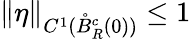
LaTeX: \| \eta\| _{C^{1}(\mathring{B}_{R}^{c}(0))}\le 1